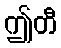
ဤတီ